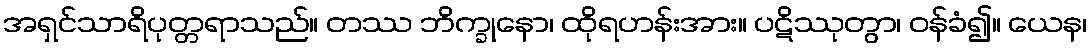
အရှင်သာရိပုတ္တရာသည်။ တဿ ဘိက္ခုနော၊ ထိုရဟန်းအား။ ပဋိဿုတွာ၊ ဝန်ခံ၍။ ယေန၊